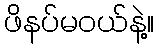
ဖိနပ်မဝယ်နဲ့။